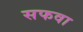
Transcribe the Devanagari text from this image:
सफवा